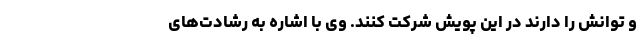
و توانش را دارند در این پویش شرکت کنند. وی با اشاره به رشادت‌های